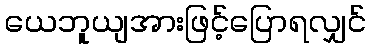
ယေဘူယျအားဖြင့်ပြောရလျှင်